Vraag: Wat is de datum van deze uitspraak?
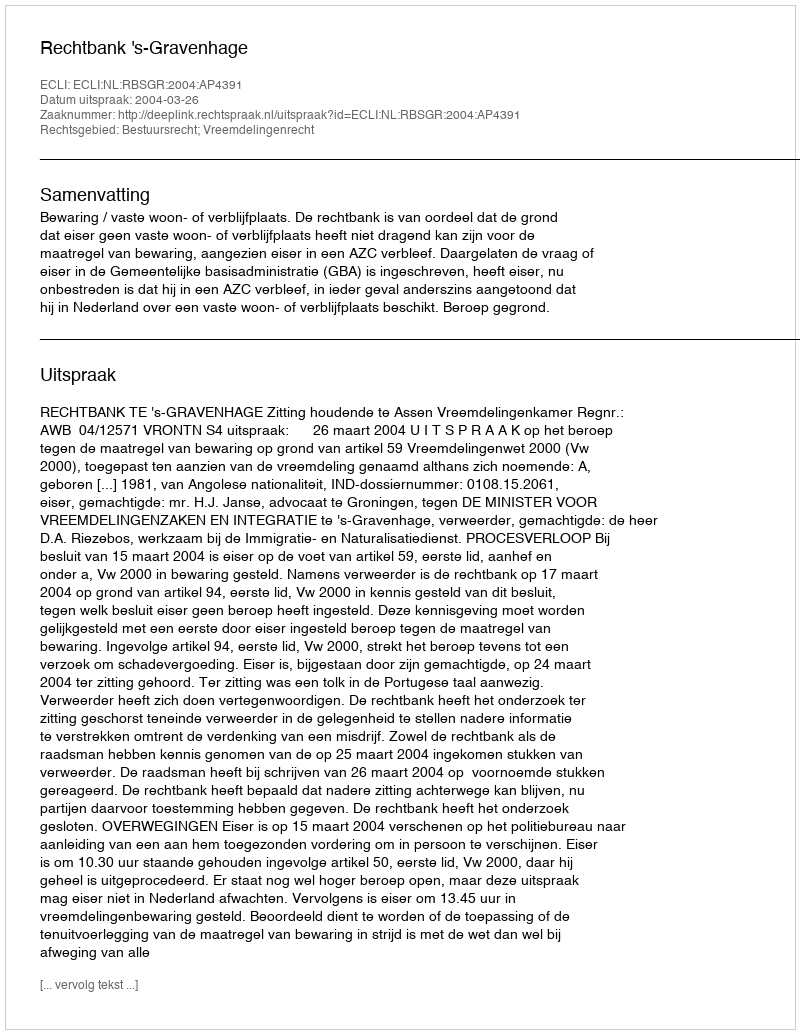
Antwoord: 2004-03-26